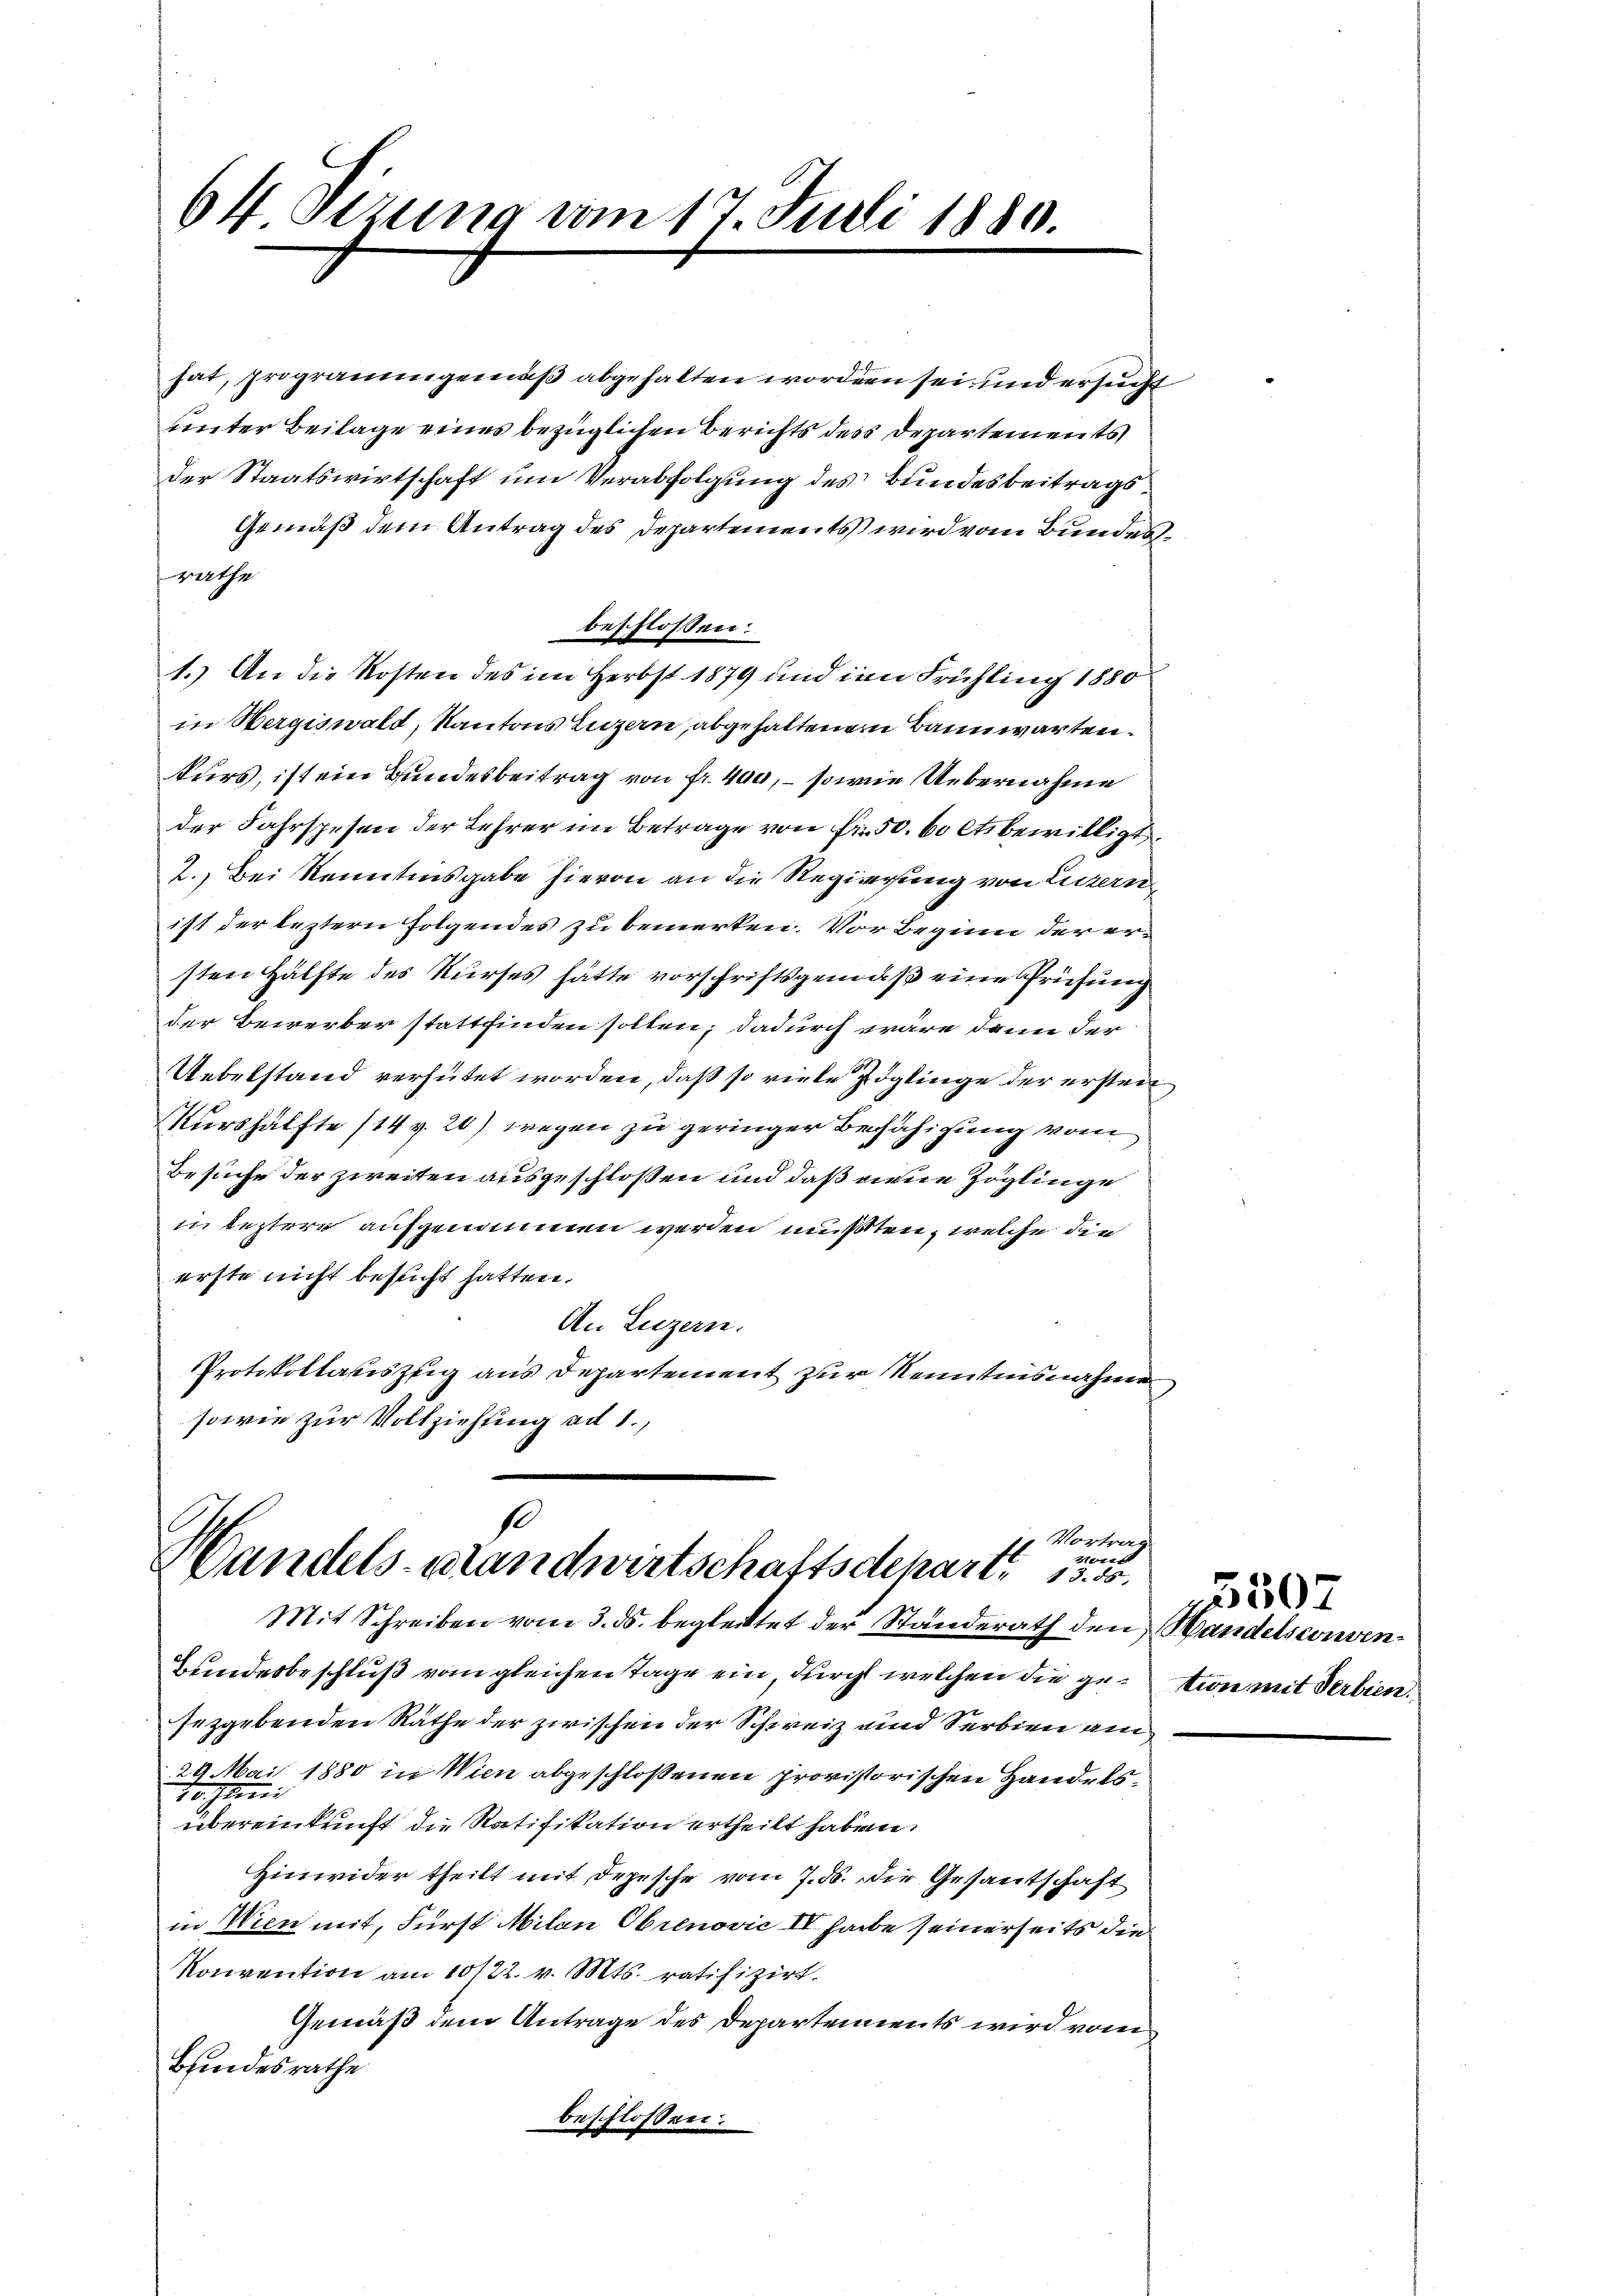
64. Sezung vom 17. Juli 1880.

rathe
erste nicht besucht hatten.
sowie zur Vollziehung ad 1.,

hat, programmgemäß abgehalten worden sei, und ersucht
unter Beilage eines bezüglichen Berichts des Departements
der Staatswirtschaft um Verabfolgung des Bundesbeitrags¬
Gemäß dem Antrag des Departements wird vom Bundesbeschlossen:
1.) An die Kosten des im Herbst 1879 und im Frühling 1880
in Wergiswald, Kantons Luzern, abgehaltenem Bannwartenkurs, ist ein Bundesbeitrag von fr. 400, – sowie Uebernahme
der Fahrspesen der Lehrer im Betrage von Fr. 50. 60 ltsbewilligt.
2.) Bei Kenntensgabe hievon an die Regierung von Luzern,
ist der leztern Folgendes zu bemerken. Vor Beginn der ersten Hälfte des Kurses hätte vorschriftsgemäß eine Prüfung
der Bewerber stattfinden sollen; dadurch wäre dann der
Uebelstand verhütet worden, daß so viele Zöglinge der erstei
Nurshälfte (14 v. 20) wegen zu geringer Befähigung vom
Besuche der zweiten ausgeschloßen und daß neue Zöglinge
in leztere aufgenommen werden mußten, welche die
An Luzern.
Protokollasiszug aus Departement zur Kenntnisnahme

so
Vortrag
ter
Wandels-Brandwirtschaftsdepart. 1550.
Mit Schreiben vom 3. ds. begleitet der Standerath den Handelsconven¬

Bundesbeschluß vom gleichen Tage ein, durch welchen die getion mit Verbien.
sezgebenden Rathe der zwischen der Schweiz und Serbien am
29 Mai 1880 in Wien abgeschloßenen provisorischen Handels¬
Toguini
übereinkunft die Ratifikation ertheilt haben.
Hinwider theilt mit Depesche vom 7. d. die Gesantschaft
in Wien mit, Fürst Milan Obrenović IV habe seinerseits die
Konvention am 10122. v. Mts. ratifizirt.
Gemäß dem Antrage des Departements wird vom
Bfindesrathe
beschlossen:

3507